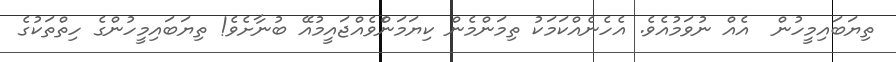
ތިޔަބައިމީހުން  އެއް ނުވަމުއެވެ. އެހެނެއްކަމަކު ތިމަންމެން ކިޔަމަންެވެއްޖައީމުއޭ ބުނާށެވެ! ތިޔަބައިމީހުންގެ ހިތްތަކުގެ